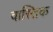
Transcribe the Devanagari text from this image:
वास्तिक